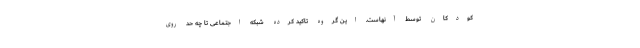
کودکان توسط آنهاست. این گروه تاکید کرده شبکه اجتماعی تا چه حد روی